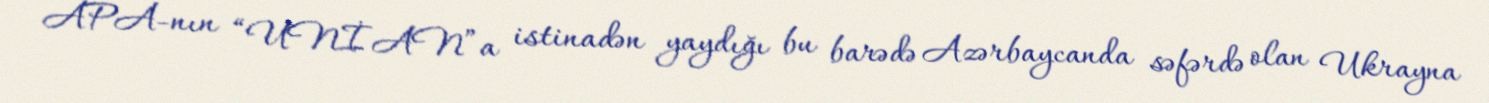
APA-nın “UNİAN”a istinadən yaydığı bu barədə Azərbaycanda səfərdə olan Ukrayna